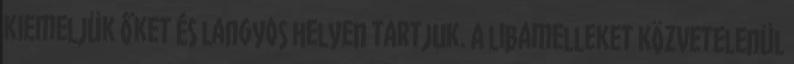
kiemeljük őket és langyos helyen tartjuk. A libamelleket közvetelenül